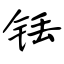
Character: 铥